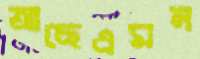
আছেএমন